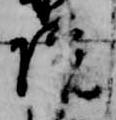
院